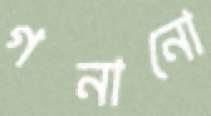
গনানো